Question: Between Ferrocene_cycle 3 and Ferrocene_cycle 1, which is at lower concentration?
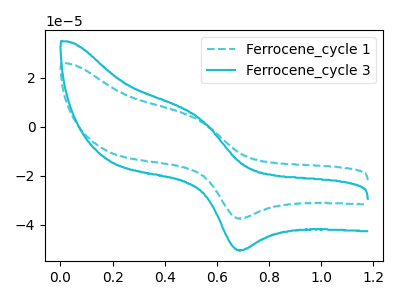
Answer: <think>The cyan dashed curve "Ferrocene_cycle 1" has an anodic peak at (0.55V, 2.95uA) and a cathodic peak at (0.70V, -37.45uA). The cyan curve "Ferrocene_cycle 3" has an anodic peak at (0.55V, 3.95uA) and a cathodic peak at (0.70V, -50.40uA).
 All the peaks in "Ferrocene_cycle 3" have a peak in "Ferrocene_cycle 1" at the same potential. Every peak in "Ferrocene_cycle 3" is higher than every peak in "Ferrocene_cycle 1".</think>
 <answer>"Ferrocene_cycle 3" has more signal than "Ferrocene_cycle 1" and so likely has a higher concentration.</answer>
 <eval>more_concentration</eval>